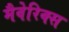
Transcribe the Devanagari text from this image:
मैवेरिक्स